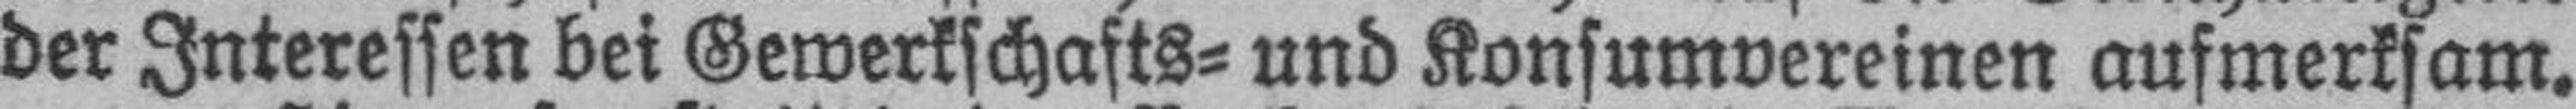
der Interessen bei Gewerkschafts= und Konsumvereinen aufmerksam.